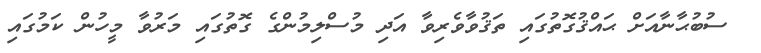
ސުބުޙާނާއަށް ޙައްޤުގޮތުގައި ތަޤުވާވެރިވާ އަދި މުސްލިމުންގެ ގޮތުގައި މަރުވާ މީހުން ކަމުގައި